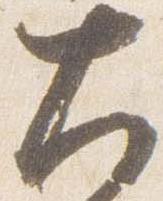
大